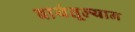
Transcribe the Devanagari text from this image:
बायंतूल्यान